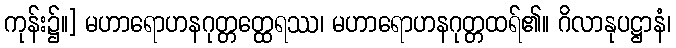
ကုန်း၌။] မဟာရောဟနဂုတ္တတ္ထေရဿ၊ မဟာရောဟနဂုတ္တထရ်၏။ ဂိလာနုပဋ္ဌာနံ၊